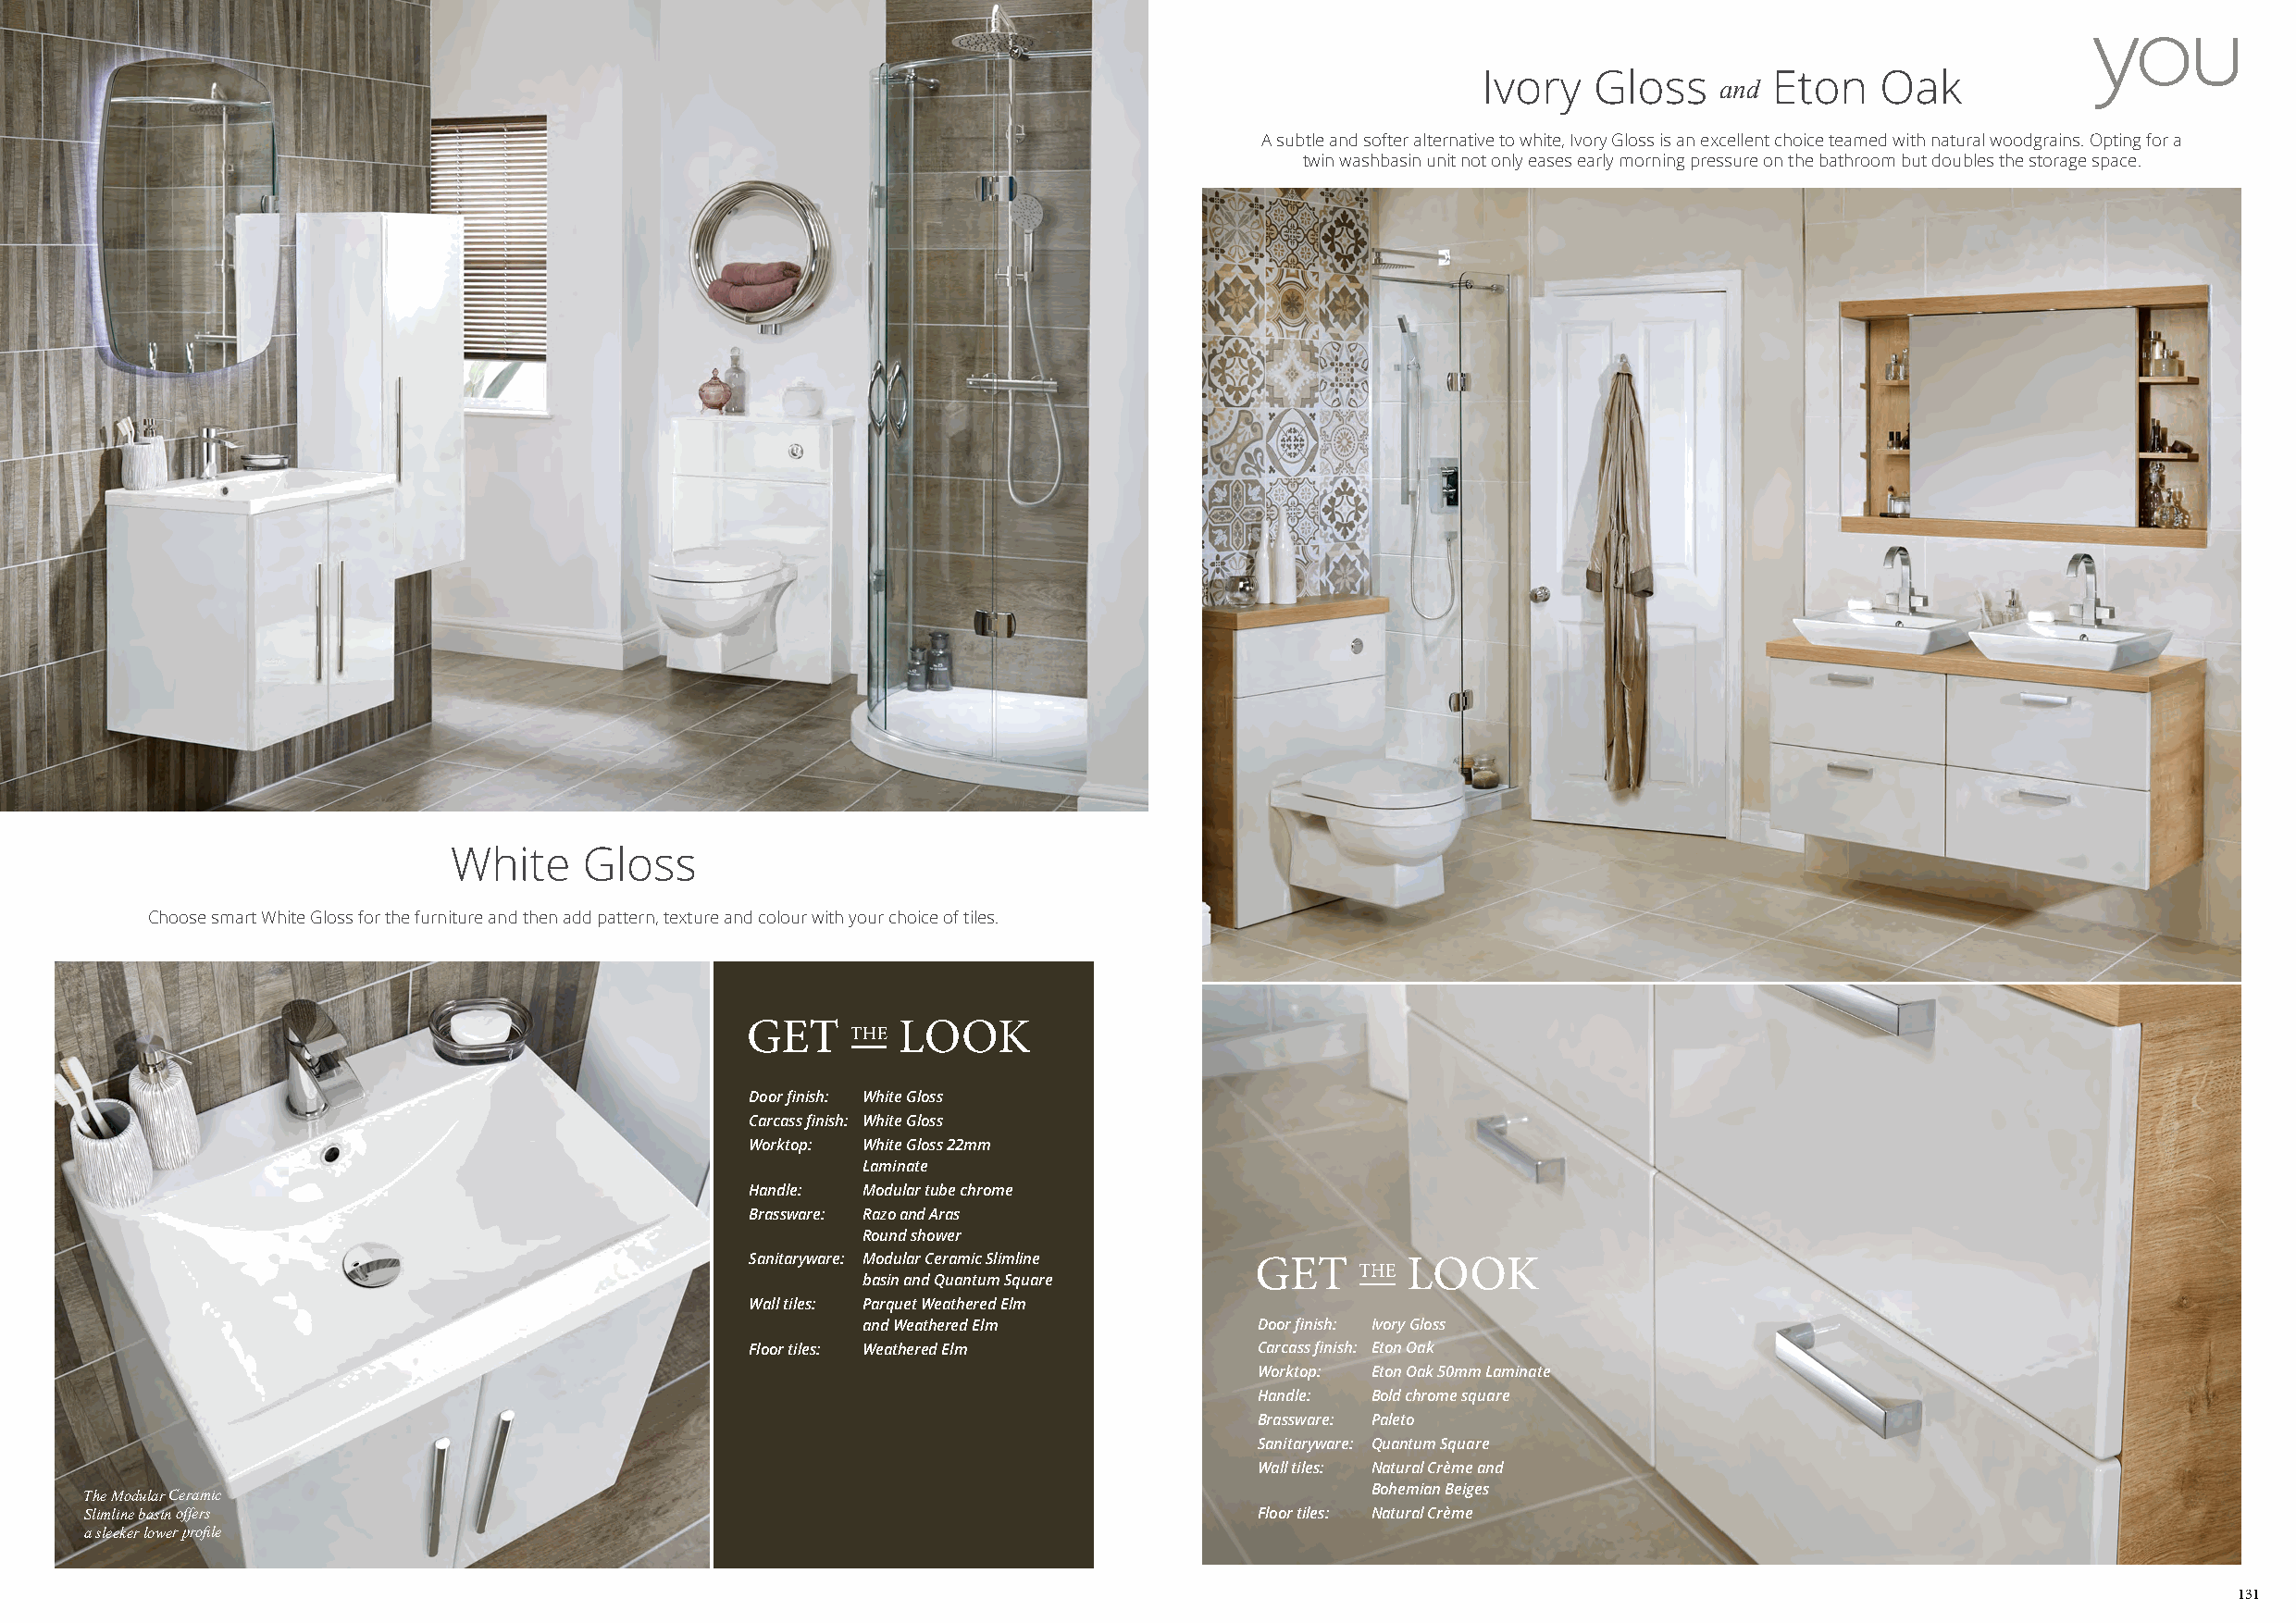
Ivory   Gloss        Eton   Oak
 and
 A subtle and softer alternative to white, Ivory Gloss is an excellent choice teamed with natural woodgrains. Opting for a
 twin washbasin unit not only eases early morning pressure on the bathroom but doubles the storage space.
 White     Gloss
 Choose smart White Gloss for the furniture and then add pattern, texture and colour with your choice of tiles.
 Door finish: White Gloss
 Carcass finish: White Gloss
 Worktop: White Gloss 22mm
 Laminate
 Handle: Modular tube chrome
 Brassware: Razo and Aras
 Round shower
 Sanitaryware: Modular Ceramic Slimline
 basin and Quantum Square
 Wall tiles: Parquet Weathered Elm
 and Weathered Elm           Door finish: Ivory Gloss
 Floor tiles: Weathered Elm          Carcass finish: Eton Oak
 Worktop: Eton Oak 50mm Laminate
 Handle: Bold chrome square
 Brassware: Paleto
 Sanitaryware: Quantum Square
 Wall tiles: Natural Crème and
 Bohemian Beiges
 The Modular Ceramic
 Slimline basin offers                                                               Floor tiles: Natural Crème
 a sleeker lower profile
 131